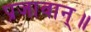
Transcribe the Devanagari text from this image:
प्रजावान्॥